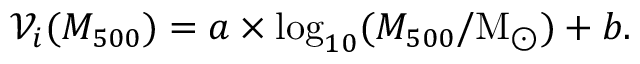
\mathcal { V } _ { i } ( M _ { 5 0 0 } ) = a \times \log _ { 1 0 } ( M _ { 5 0 0 } / \mathrm { M } _ { \odot } ) + b .